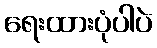
ရေးထားပုံပါပဲ